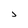
Character: 5